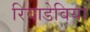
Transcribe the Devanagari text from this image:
रिवाडेविया